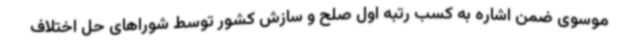
موسوی ضمن اشاره به کسب رتبه اول صلح و سازش کشور توسط شوراهای حل اختلاف